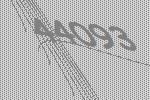
44093